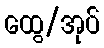
ထွေ/အုပ်